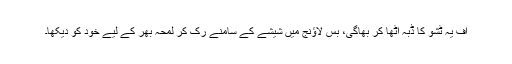
اف یہ ٹشو کا ڈبہ اٹھا کر بھاگی، بس لاؤنج میں شیشے کے سامنے رک کر لمحہ بھر کے لیے خود کو دیکھا۔